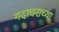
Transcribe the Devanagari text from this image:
गदाधराच्या